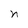
Character: n